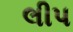
લીપ